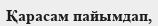
Қарасам пайымдап,